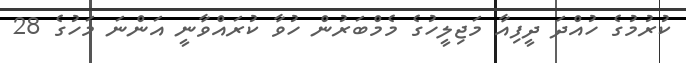
ކުރުމުގެ ހުއްދަ ދީފިއާ މަޖިލީހުގެ މެމްބަރުން ހުވާ ކުރައްވާނީ އަންނަ މަހުގެ 28